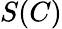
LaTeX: S(C)